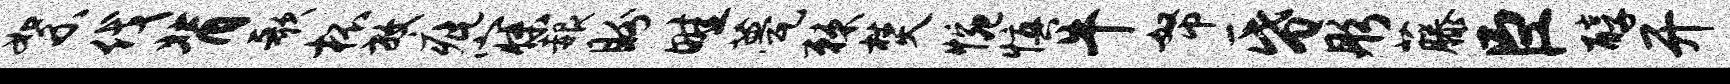
絮伐背歌杯放疵寐赧盼畦甍棘焚惋慎牛帑昏彤藤臣醇开